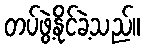
တပ်ဖွဲ့နိုင်ခဲ့သည်။